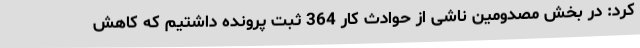
کرد: در بخش مصدومین ناشی از حوادث کار 364 ثبت پرونده داشتیم که کاهش